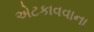
એટકાવવાના